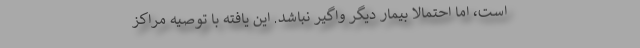
است، اما احتمالا بیمار دیگر واگیر نباشد. این یافته با توصیه مراکز